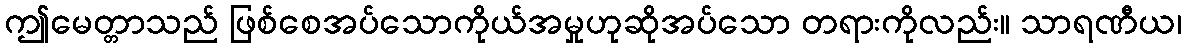
ဤမေတ္တာသည် ဖြစ်စေအပ်သောကိုယ်အမှုဟုဆိုအပ်သော တရားကိုလည်း။ သာရဏီယ၊